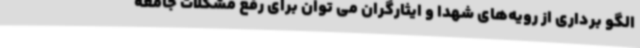
الگو برداری از رویه‌های شهدا و ایثارگران می توان برای رفع مشکلات جامعه